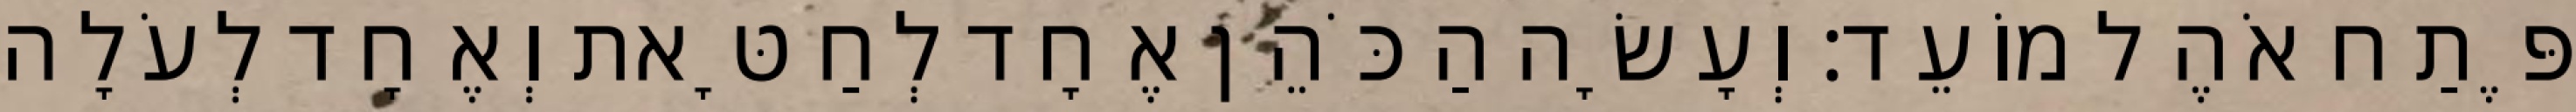
פֶּתַח אֹהֶל מוֹעֵד׃ וְעָשָׂה הַכֹּהֵן אֶחָד לְחַטָּאת וְאֶחָד לְעֹלָה